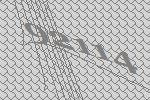
92114